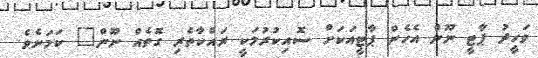
ވަހީދު ޕާޓީ ނޫން އެހެން ޕާޓީއަކަށް ސޮއިކުރުމަކީ ރައްކާތެރި ގޮތެއް ނޫން" ކަމަށެވެ.